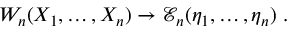
{ \cal W } _ { n } ( X _ { 1 } , \ldots , X _ { n } ) \rightarrow { \mathcal E } _ { n } ( \eta _ { 1 } , \ldots , \eta _ { n } ) \ .